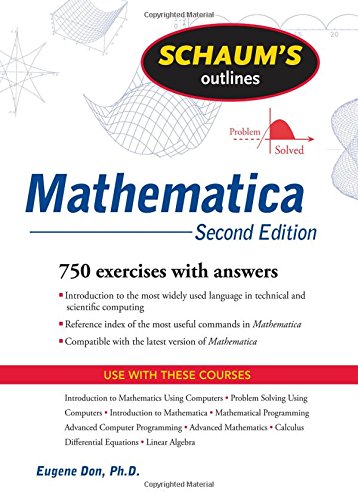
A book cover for Schaum's Outline of Mathematica, 2ed (Schaum's Outlines); Eugene Don ; Computers & Technology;